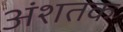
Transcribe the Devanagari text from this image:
अंशतक